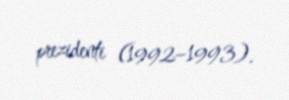
prezidenti (1992–1993).